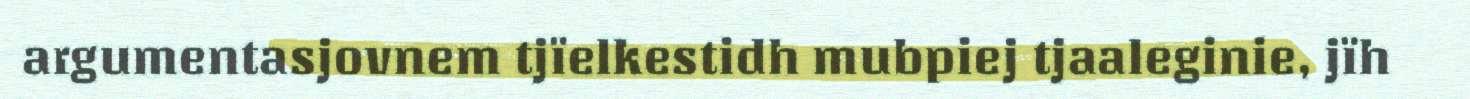
argumentasjovnem tjïelkestidh mubpiej tjaaleginie, jïh